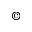
^ { \copyright }